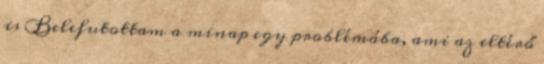
is Belefutottam a minap egy problémába, ami az eltérő